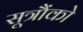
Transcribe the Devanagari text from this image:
सूत्रौंको